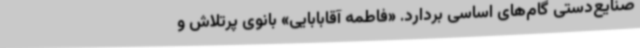
صنایع‌دستی گام‌های اساسی بردارد. «فاطمه آقابابایی» بانوی پرتلاش و